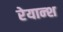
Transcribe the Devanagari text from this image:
रेयान्श